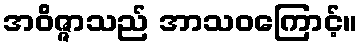
အဝိဇ္ဇာသည် အာသဝကြောင့်။